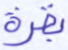
بقرة